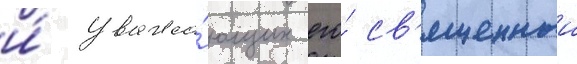
и́ уважа́ющих его́ св'ященныи